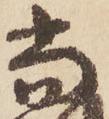
尚